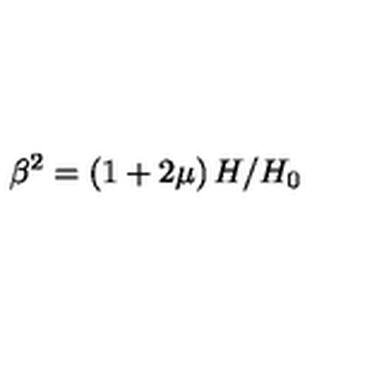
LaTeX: \beta ^ { 2 } = \left( 1 + 2 \mu \right) H / H _ { 0 }